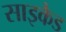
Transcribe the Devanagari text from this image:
साइकैड